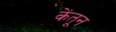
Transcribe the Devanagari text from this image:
केंतून